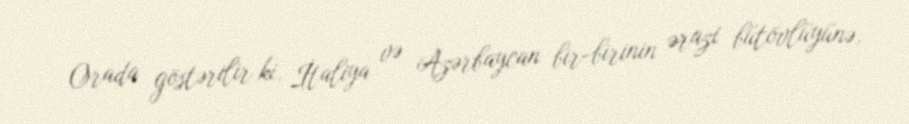
Orada göstərilir ki, İtaliya və Azərbaycan bir-birinin ərazi bütövlüyünə,